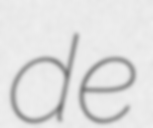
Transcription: de